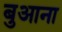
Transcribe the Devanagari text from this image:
बुआना